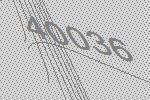
40036